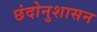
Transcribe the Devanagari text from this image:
छंदोनुशासन